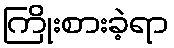
ကြိုးစားခဲ့ရာ